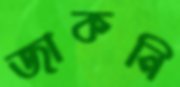
জাকনি